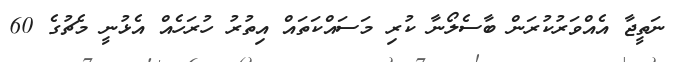
ނަތީޖާ އެއްވަރުކުރަން ބާސެލޯނާ ކުރި މަސައްކަތައް އިތުރު ހުރަހެއް އެޅުނީ މެޗުގެ 60